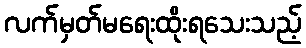
လက်မှတ်မရေးထိုးရသေးသည့်